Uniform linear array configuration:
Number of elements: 12
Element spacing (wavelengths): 0.25
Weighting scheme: kaiser
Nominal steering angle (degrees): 60
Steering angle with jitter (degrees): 59.703
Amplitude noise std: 0.05
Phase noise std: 0.05

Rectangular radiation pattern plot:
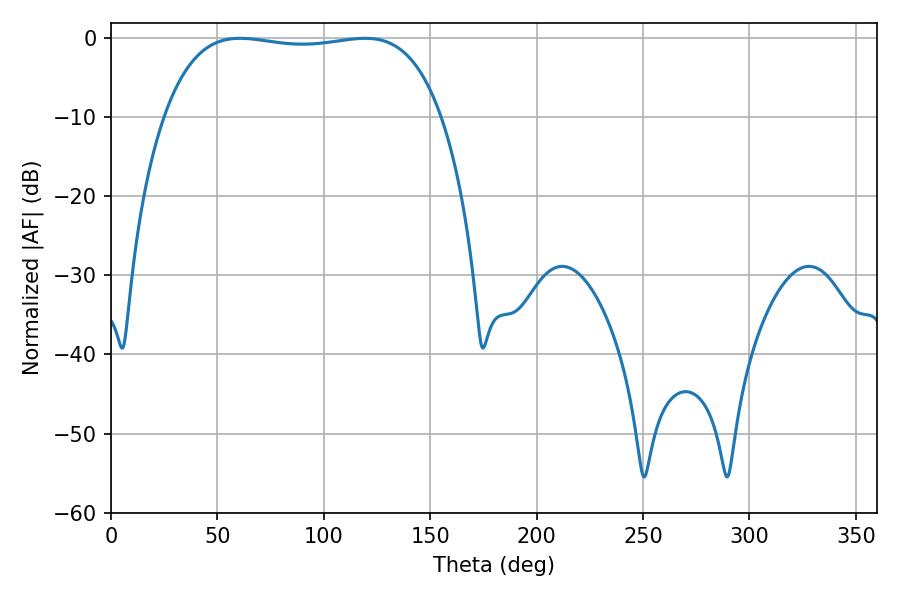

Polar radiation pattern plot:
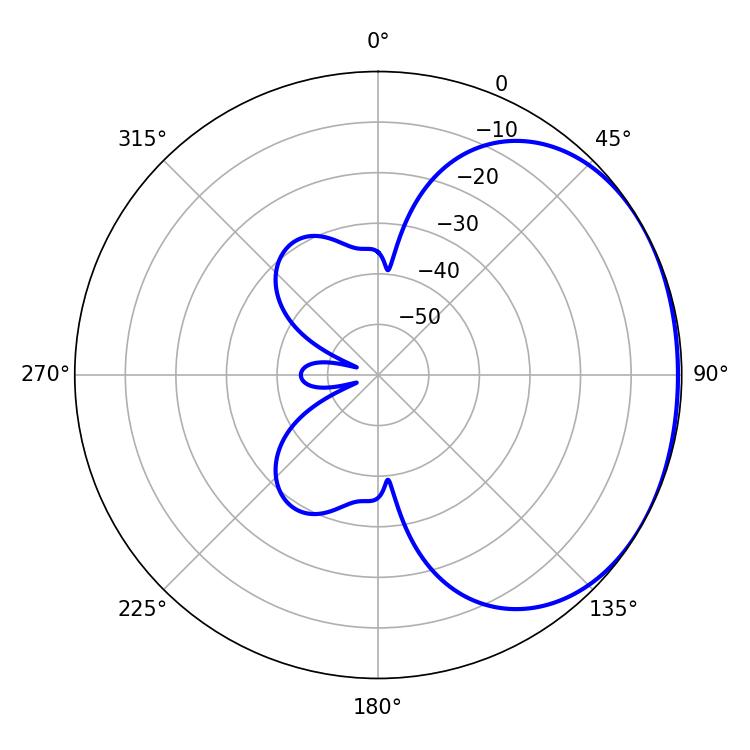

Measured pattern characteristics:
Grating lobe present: FALSE
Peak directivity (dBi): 1.328
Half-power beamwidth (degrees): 103.68
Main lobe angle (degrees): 60.66